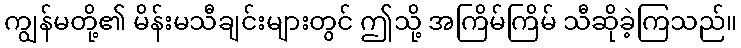
ကျွန်မတို့၏ မိန်းမသီချင်းများတွင် ဤသို့ အကြိမ်ကြိမ် သီဆိုခဲ့ကြသည်။